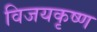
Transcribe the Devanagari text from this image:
विजयकृष्ण